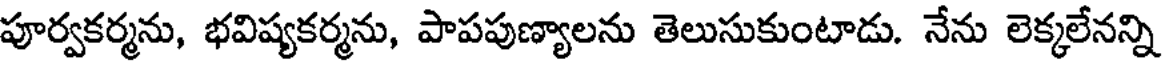
పూర్వకర్మను, భవిష్యకర్మను, పాపపుణ్యాలను తెలుసుకుంటాడు. నేను లెక్కలేనన్ని